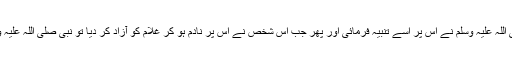
چنانچہ ایک شخص نے اپنے غلام کو اس کی کسی غلطی پر تھپڑ مار دیا تو نبی صلی اللہ علیہ وسلم نے اس پر اسے تنبیہ فرمائی اور پھر جب اس شخص نے اس پر نادم ہو کر غلام کو آزاد کر دیا تو نبی صلی اللہ علیہ وسلم نے فرمایا کہ اگر تم ایسا نہ کرتے تو جہنم کی آگ تمھیں اپنی لپیٹ میں لے لیتی۔